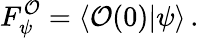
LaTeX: F_{\psi}^{\mathcal{O}}=\left\langle\mathcal{O}(0)|\psi\right\rangle\, .